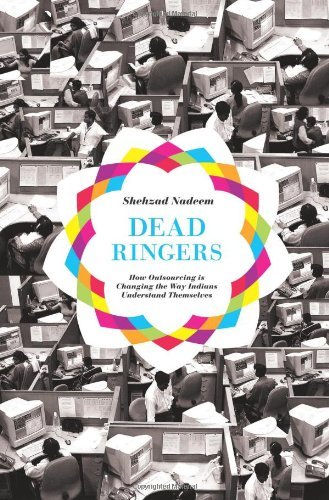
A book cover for Dead Ringers: How Outsourcing Is Changing the Way Indians Understand Themselves [Hardcover] [2011] (Author) Shehzad Nadeem; Business & Money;